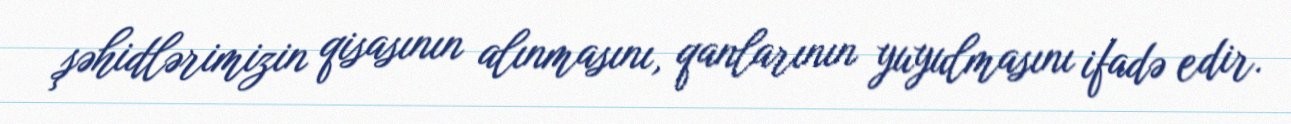
şəhidlərimizin qisasının alınmasını, qanlarının yuyulmasını ifadə edir.